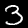
Digit: 3